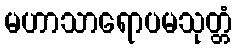
မဟာသာရောပမသုတ္တံ